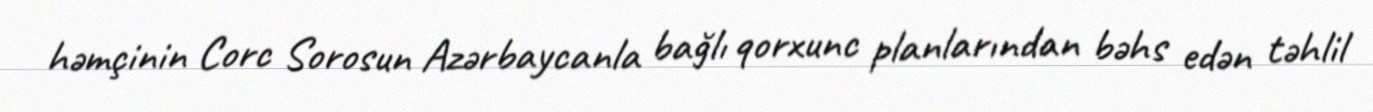
həmçinin Corc Sorosun Azərbaycanla bağlı qorxunc planlarından bəhs edən təhlil